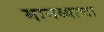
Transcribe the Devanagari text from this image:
मानव्याचा